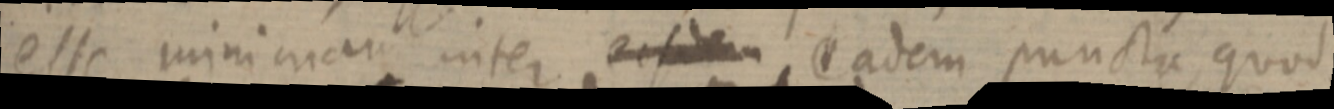
esse minimam inter eisdem eadem puncta quod